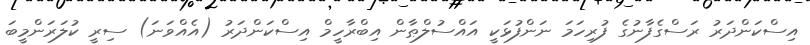
އިސްކަންދަރު ރަސްގެފާނުގެ ފުރިހަމަ ނަންފުޅަކީ އައްސުލްޠާން އިބްރާހީމް އިސްކަންދަރު (އެއްވަނަ) ސިރީ ކުލަރަންމީބަ